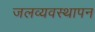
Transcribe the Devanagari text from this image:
जलव्यवस्थापन